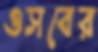
ওসবের